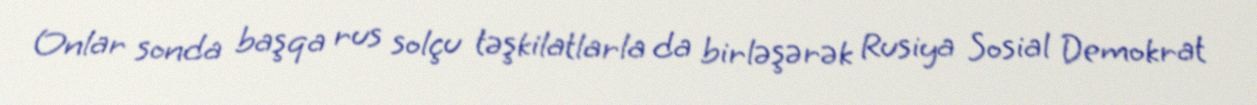
Onlar sonda başqa rus solçu təşkilatlarla da birləşərək Rusiya Sosial Demokrat